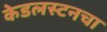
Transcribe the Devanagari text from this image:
केडलस्टनचा